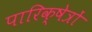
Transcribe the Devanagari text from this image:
पारिक्षेत्रों